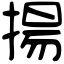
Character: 揚